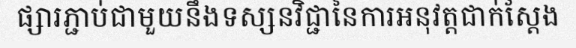
ផ្សារភ្ជាប់ជាមួយនឹងទស្សនវិជ្ជានៃការអនុវត្តជាក់ស្តែង